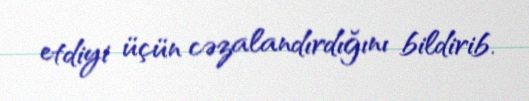
etdiyi üçün cəzalandırdığını bildirib.